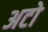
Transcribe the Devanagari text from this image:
अटो